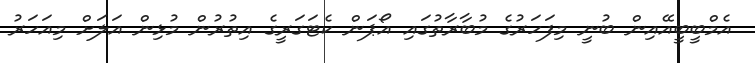
އެމްބީބީއޭއިން ބުނީ މިފަހަރުގެ މުބާރާތުގައި އޯޕަން ކެޓަގަރީގެ އިތުރުން މުޅިން އަލަށް މިއަހަރު